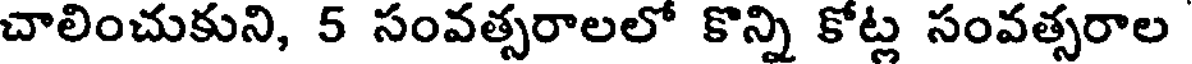
చాలించుకుని, 5 సంవత్సరాలలో కొన్ని కోట్ల సంవత్సరాల